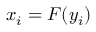
x _ { i } = F ( y _ { i } )